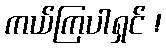
ကယ်ကြပါရှင် !